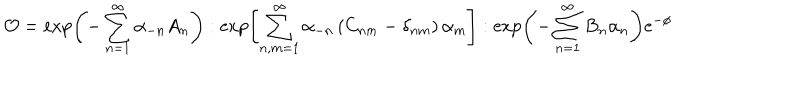
{ \cal O } = \exp \left( - \sum _ { n = 1 } ^ { \infty } \alpha _ { - n } A _ { n } \right) : \exp \left[ \sum _ { n , m = 1 } ^ { \infty } \alpha _ { - n } \left( C _ { n m } - \delta _ { n m } \right) \alpha _ { m } \right] : \exp \left( - \sum _ { n = 1 } ^ { \infty } B _ { n } \alpha _ { n } \right) \mathrm { e } ^ { - \phi }